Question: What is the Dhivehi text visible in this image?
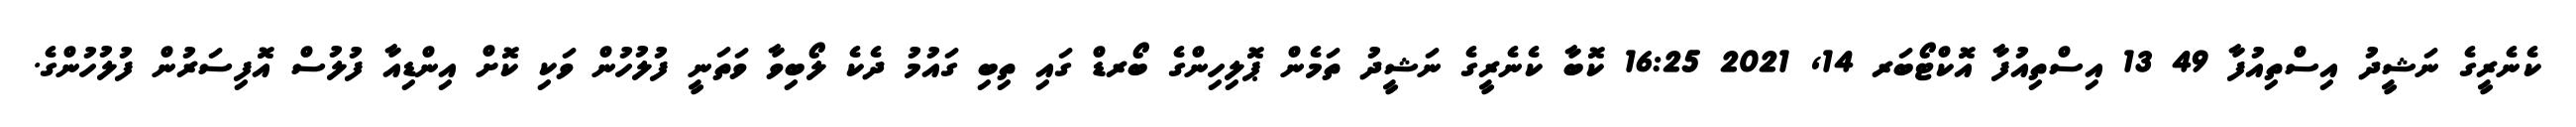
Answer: ކެނެރީގެ ނަޝީދު އިސްތިއުފާ 49 13 އިސްތިއުފާ އޮކްޓޯބަރ 14, 2021 16:25 ކޮބާ ކެނެރީގެ ނަޝީދު ތަމެން ޕޮލިހިންގެ ބޯރޑް ގައި ތިބި ގައުމު ދެކެ ލޯބިވާ ވަތަނީ ފުލުހުން ވަކި ކޮށް އިންޑިއާ ފުލުސް އޮފިސަރުން ފުލުހުންގެ.